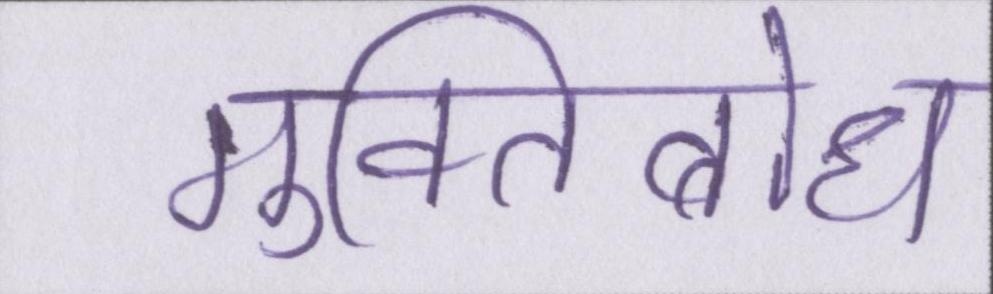
मुक्तिबोध